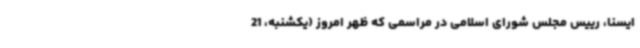
ایسنا، رییس مجلس شورای اسلامی در مراسمی که ظهر امروز (یکشنبه، 21